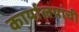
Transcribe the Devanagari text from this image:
कार्यालयांची